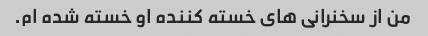
من از سخنرانی های خسته کننده او خسته شده ام.